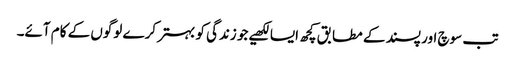
تب سوچ اور پسند کے مطابق کچھ ایسا لکھیے جو زندگی کو بہتر کرے لوگوں کے کام آئے۔